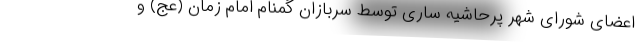
اعضای شورای شهر پرحاشیه ساری توسط سربازان گمنام امام زمان (عج) و